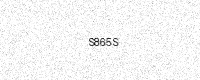
Text: S865S